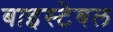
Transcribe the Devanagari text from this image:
बाइस्टेबल